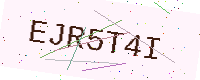
Text: EJR5T4I